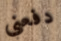
دفعني